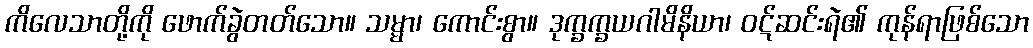
ကိလေသာတို့ကို ဖောက်ခွဲတတ်သော။ သမ္မာ၊ ကောင်းစွာ။ ဒုက္ခက္ခယဂါမိနိယာ၊ ဝဋ်ဆင်းရဲ၏ ကုန်ရာဖြစ်သော